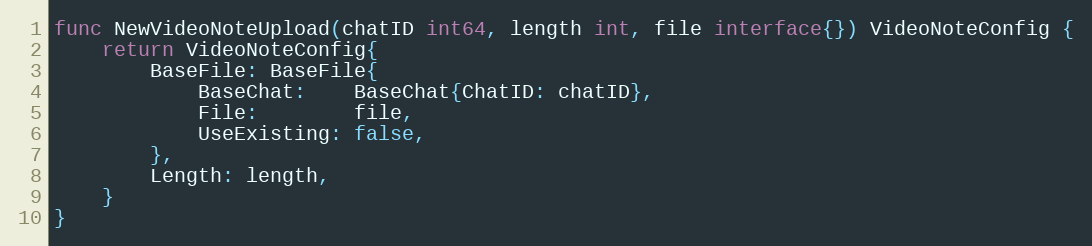
Language: Go
func NewVideoNoteUpload(chatID int64, length int, file interface{}) VideoNoteConfig {
	return VideoNoteConfig{
		BaseFile: BaseFile{
			BaseChat:    BaseChat{ChatID: chatID},
			File:        file,
			UseExisting: false,
		},
		Length: length,
	}
}